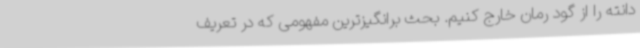
دانته را از گود رمان خارج کنیم. بحث برانگیزترین مفهومی که در تعریف